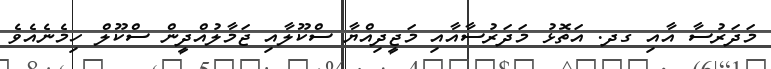
މަދަރުސާ އާއި ގދ. އަތޮޅު މަދަރުސާއާއި މަޖީދިއްޔާ ސްކޫލާއި ޖަމާލުއްދީން ސްކޫލް ހިމެނެއެވެ